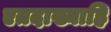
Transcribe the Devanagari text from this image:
एतदाख्याहि